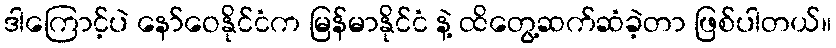
ဒါကြောင့်ပဲ နော်ဝေနိုင်ငံက မြန်မာနိုင်ငံ နဲ့ ထိတွေ့ဆက်ဆံခဲ့တာ ဖြစ်ပါတယ်။